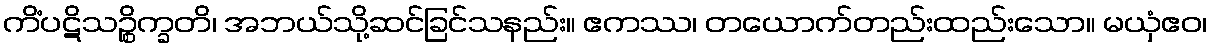
ကိံပဋိသဉ္စိက္ခတိ၊ အဘယ်သို့ဆင်ခြင်သနည်း။ ဧကဿ၊ တယောက်တည်းထည်းသော။ မယှံဧဝ၊